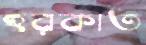
হরকাত